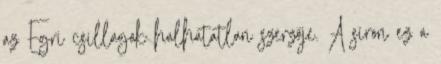
az Egri csillagok halhatatlan szerzője. A síron ez a